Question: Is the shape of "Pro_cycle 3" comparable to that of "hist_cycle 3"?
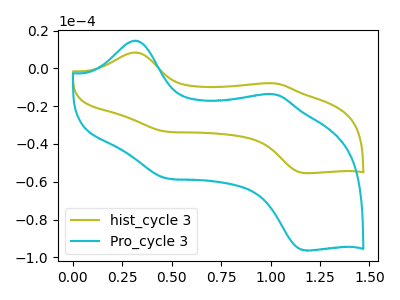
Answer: <think>The olive curve "hist_cycle 3" has anodic peaks at (0.30V, 8.45uA) (1.00V, -7.90uA) and cathodic peaks at (0.45V, -33.40uA) (1.15V, -55.45uA). The cyan curve "Pro_cycle 3" has anodic peaks at (0.30V, 14.70uA) (1.00V, -13.70uA) and cathodic peaks at (0.45V, -58.10uA) (1.15V, -96.35uA).
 All the peaks in "Pro_cycle 3" have a peak in "hist_cycle 3" at the same potential.</think>
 <answer>"Pro_cycle 3" and "hist_cycle 3" are similar in shape.</answer>
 <eval>same_shape</eval>